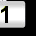
Digit: 1